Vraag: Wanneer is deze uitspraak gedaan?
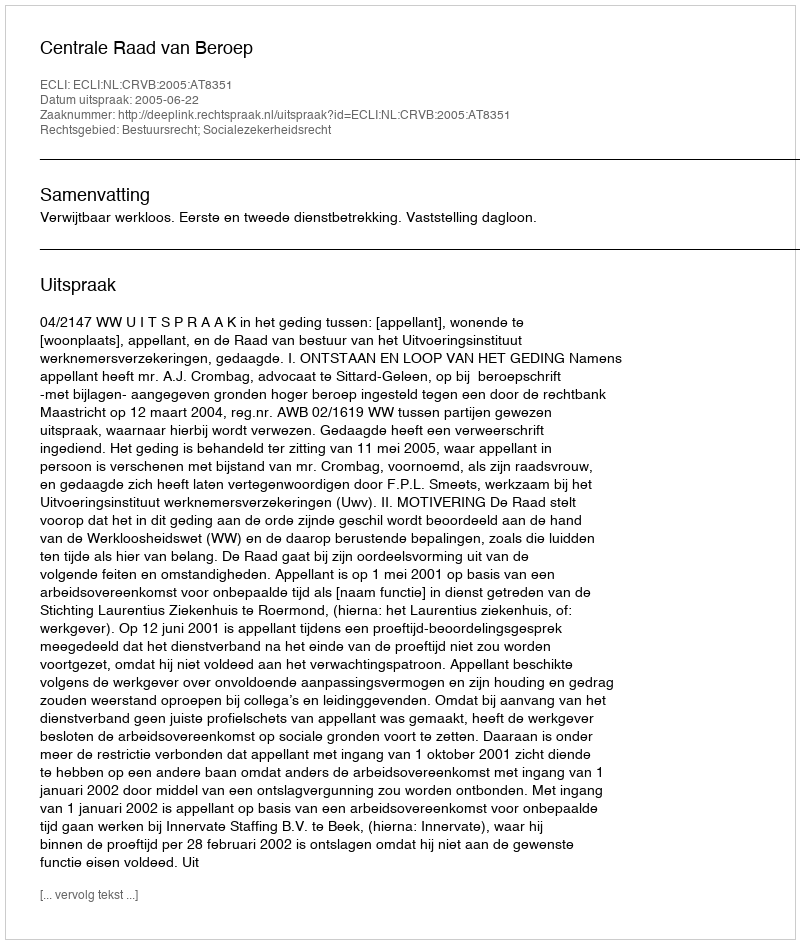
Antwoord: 2005-06-22